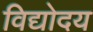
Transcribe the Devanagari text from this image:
विद्योदय